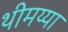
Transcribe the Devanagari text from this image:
थीमय्या